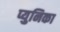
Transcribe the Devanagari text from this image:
प्युनिका